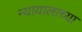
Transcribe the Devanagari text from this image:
न्यायालाच्या